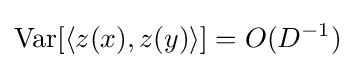
\operatorname {Var} [\langle z(x),z(y)\rangle ]=O(D^{-1})